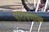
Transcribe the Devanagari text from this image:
पारायणाचा